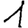
Digit: 1